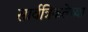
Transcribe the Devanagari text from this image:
सार्वत्रिकतेच्या